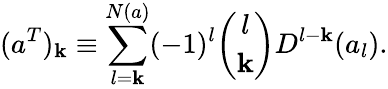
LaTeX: (a^{T})_{\mathbf{k}}\equiv\sum_{l=\mathbf{k}}^{N(a)}(-1)^{l}{\binom{l}{\mathbf{k}}}D^{l-\mathbf{k}}(a_{l}).